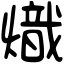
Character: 熾